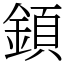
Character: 顉